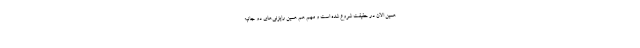
همین الان در حقیقت شروع شده است و مهم هم همین رایزنی‌های دو جانبه